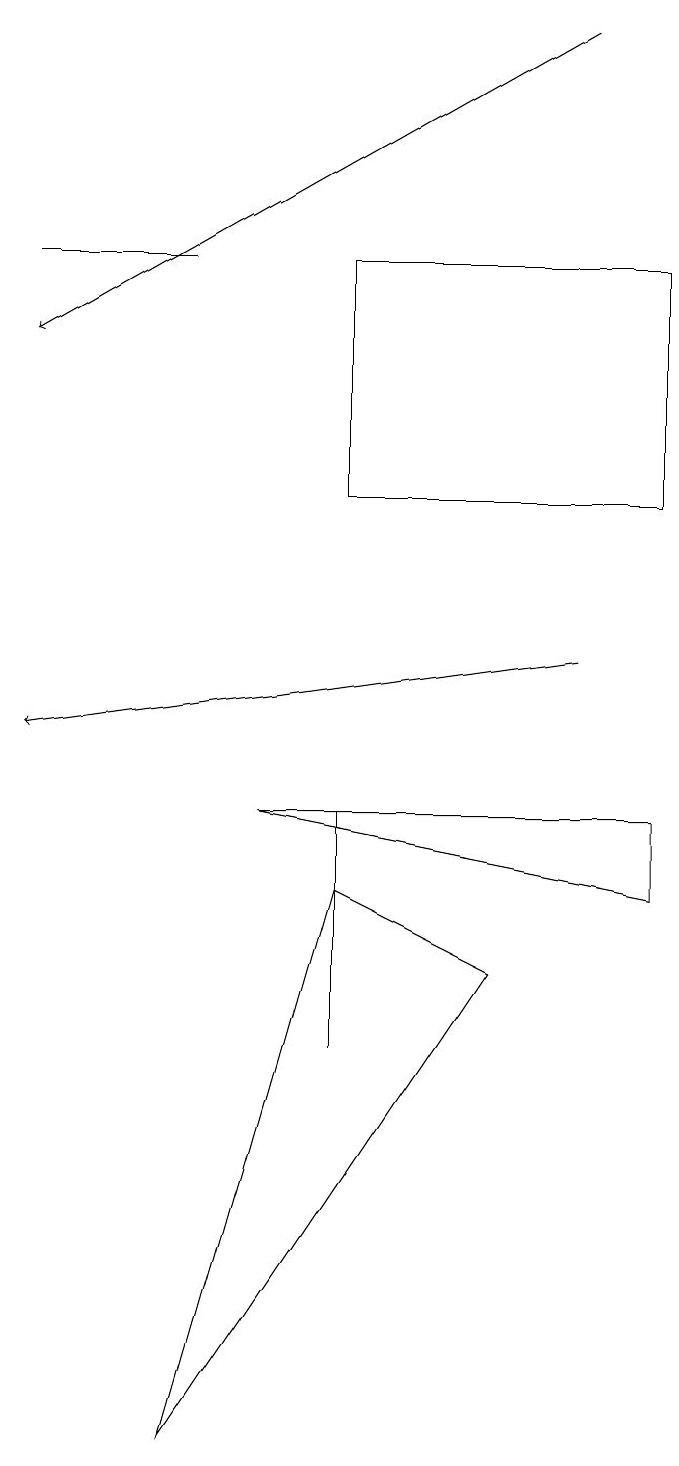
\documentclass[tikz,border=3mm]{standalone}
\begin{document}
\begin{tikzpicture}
\draw (2,16) rectangle (0,16);
\draw[->] (7,19) -- (0,15);
\draw[->] (7,11) -- (0,10);
\draw (2,1) -- (6,7) -- (4,8) -- cycle;
\draw (4,9) -- (4,6) -- (4,6) -- cycle;
\draw (8,13) rectangle (4,16);
\draw (3,9) -- (8,8) -- (8,9) -- cycle;
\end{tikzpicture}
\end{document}